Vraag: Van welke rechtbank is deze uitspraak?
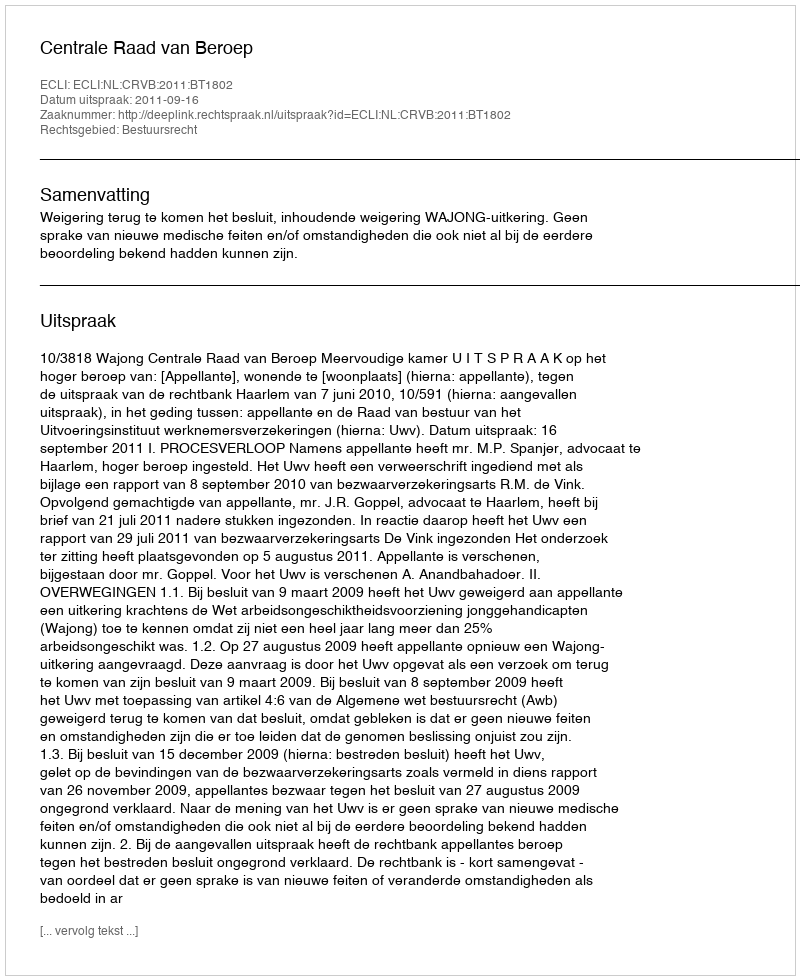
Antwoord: Centrale Raad van Beroep